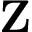
\mathbf { Z }